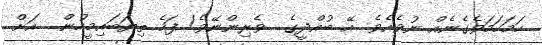
ހަމަހަމަވެގެނެއް ނުވެއެވެ. އޭ ބުއްދީގެ  ވެރިންނޭވެ! ފަހެ ތިޔަބައިމީހުން  އަށް